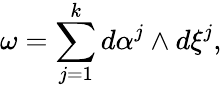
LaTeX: \omega=\sum_{j=1}^{k}d\alpha^{j}\wedge d\xi^{j},